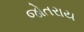
જોતરાય